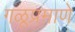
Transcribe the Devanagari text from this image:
गळूप्रमाणे